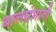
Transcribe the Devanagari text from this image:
बालसंभाजी